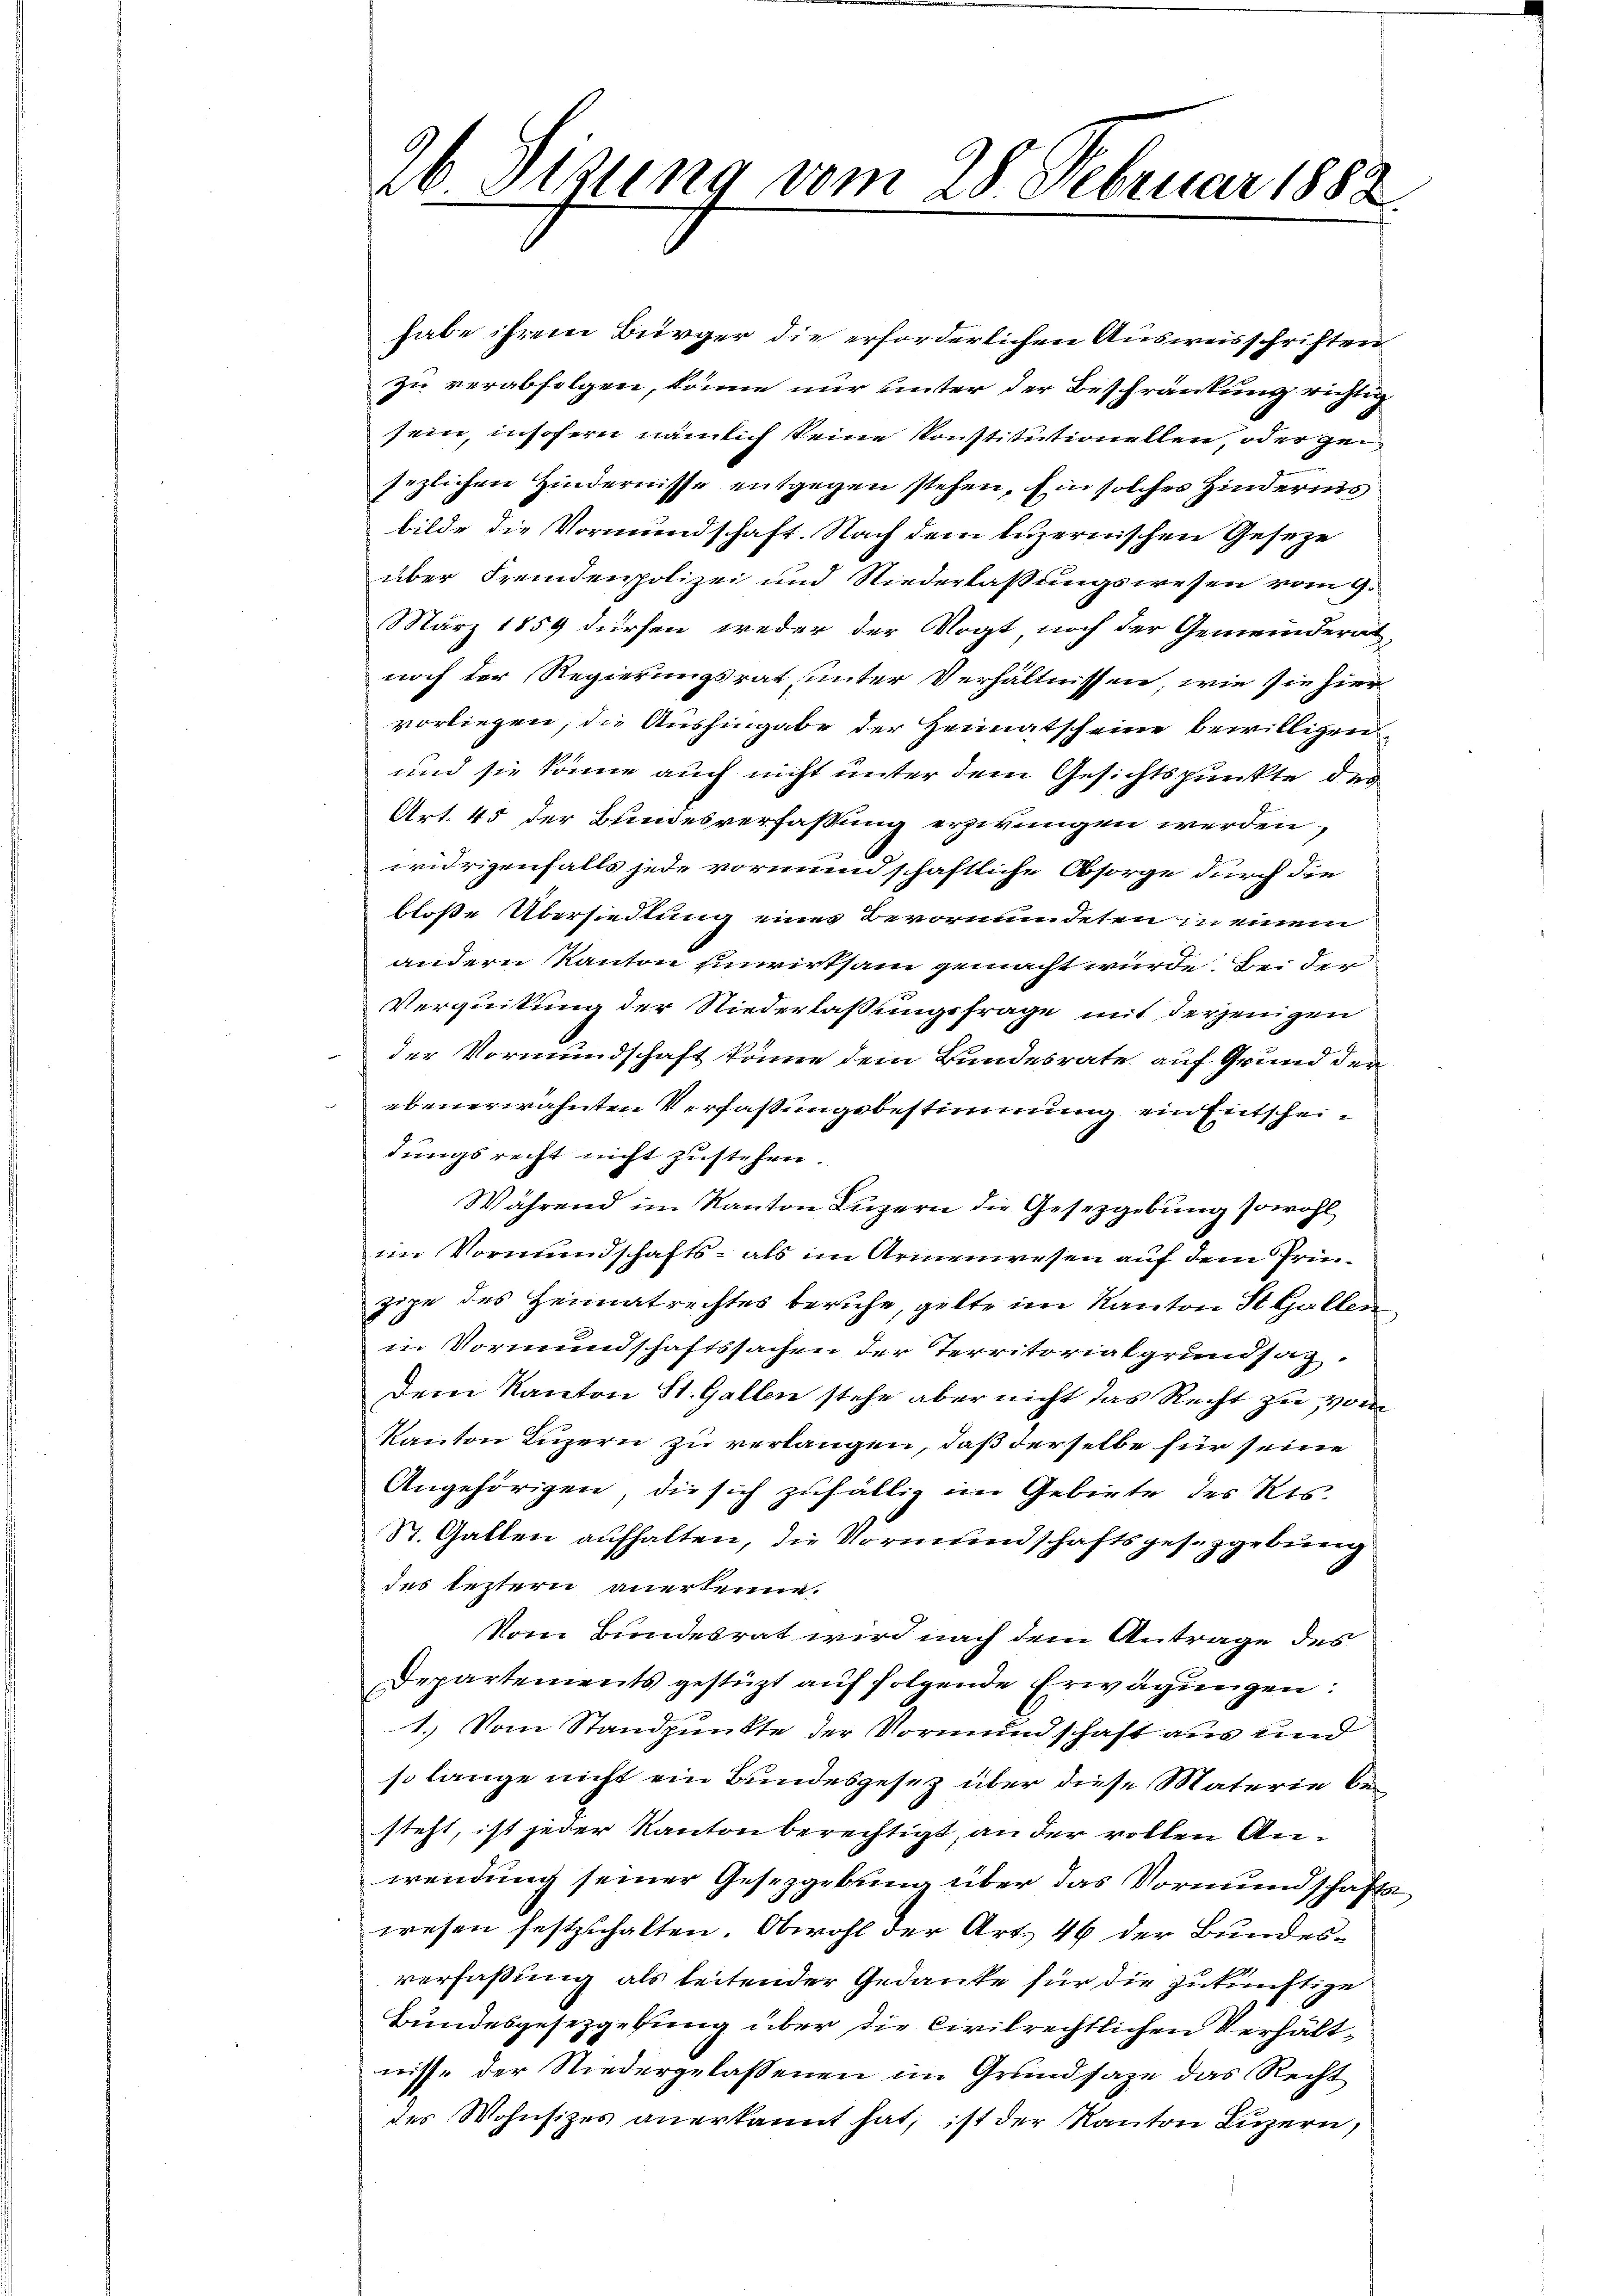
2b Sitzung vom 28. Februar 1882.

habe ihrem Bürger die erforderlichen Ausweisschriften
zu verabfolgen, könne nur unter der Beschränkung richtig
sein, insofern nämlich keine Konstitutionellen, oder ge
sezlichen Hindernisse entgegen stehen, Ein solcher Hinderis
bilde die Vormundschaft. Nach dem luzernischen Geseze
über Fremdenpolizei und Niederlassungswesen vom 9.
März 1859 dürfen weder der Vogt noch der Gemeindern
noch der Regierungsrat, unter Verhältnissen, wie sie hier
vorliegen, die Aushingabe der Heimatscheine bewilligen
und sie könne auch nicht unter dem Gesichtspunkte des
Art. 45 der Bundesverfassung erzirungen werden,
widrigenfalls jede vormundschaftliche Obsorge durch die
bloße Übersiedlung eines Bevormundeten in einem
andern Kanton Einwirtsam gemacht würde. Bei der
Verquikung der Niederlaßungsfrage mit derjenigen
8
der Vormundschaft könne dem Bundesrate auf Grund der
ebenerwähnten Verfaßungsbestimmung ein Entscheidungsrecht nicht zustehen.
Während im Kanton Luzern die Gesetzgebung sowohl
im Vormundschafts- als im Armenwesen auf dem Prinzipe des Heimatrechtes beruhe, gelte im Kanton St. Gallen
in Vormundschaftssachen der Territorialgrundsaz.
dem Kanton St. Gallen stehe aber nicht das Recht zu vom
Kanton Luzern zu verlangen, daß derselbe für seine
Angehörigen, die sich zufällig im Gebiete des Kts.
St. Gallen aufhalten, die Vormundschaftsgesetzgebung
des leztern anerkenne.
Vom Bundesrat wird nach dem Antrage des
Departements gestüzt aŭf folgende Erwägŭngen:
1.) Vom Standpunkte der Vormundschaft aus und
so lange nicht ein Bundesgesez über diese Materie besteht, ist jeder Kanton berechtigt, an der vollen Anwendung seiner Gesetzgebung über das Vormundschafts
wesen festzuhalten. Obwohl der Art. 46 der Bundesverfaßung als leitender Gedanke für die zukünftige
Bundesgesetzgebung über die Civilrechtlichen Verhältnisse der Niedergelassenen im Grundsaze das Recht
des Wohnsizes anerkannt hat, ist der Kanton Luzern,